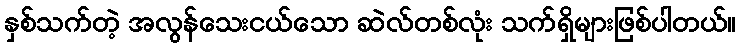
နှစ်သက်တဲ့ အလွန်သေးငယ်သော ဆဲလ်တစ်လုံး သက်ရှိများဖြစ်ပါတယ်။